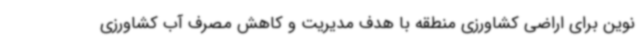
نوین برای اراضی کشاورزی منطقه با هدف مدیریت و کاهش مصرف آب کشاورزی